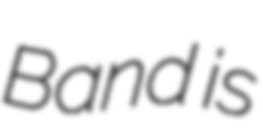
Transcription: Band is